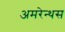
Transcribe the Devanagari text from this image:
अमरेन्थस